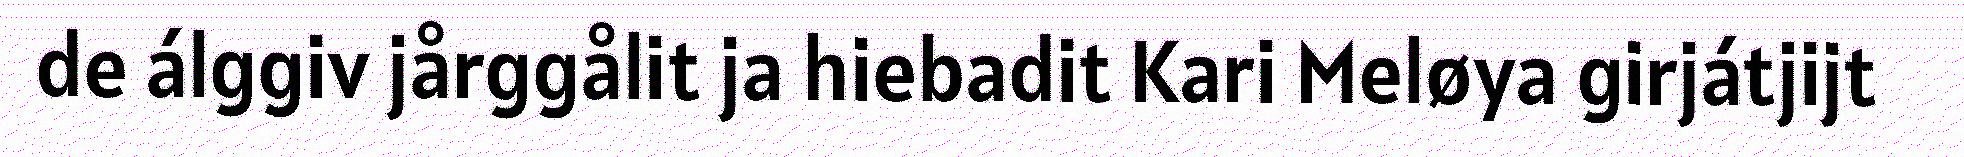
de álggiv jårggålit ja hiebadit Kari Meløya girjátjijt